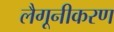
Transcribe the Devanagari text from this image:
लैगूनीकरण